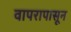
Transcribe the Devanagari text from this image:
वापरापासून